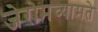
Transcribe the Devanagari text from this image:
जेरोमच्यामते